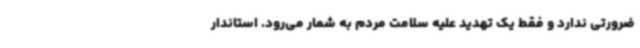
ضرورتی ندارد و فقط ‌یک تهدید علیه سلامت مردم به شمار می‌رود. استاندار